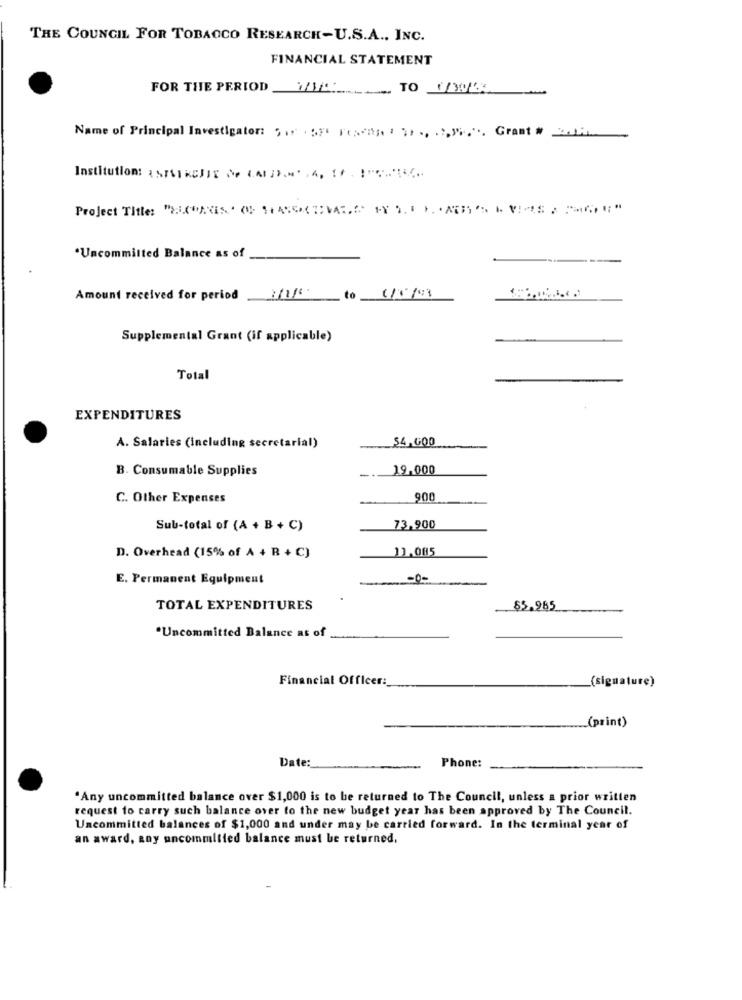
THE COUNCIL FOR TOBACCO RESEARCH-U.S.A ., INC.
FINANCIAL STATEMENT
FOR THE PERIOD W/1/ TO (WE
Name of Principal Investigator: , .. . $y Fe ;;, . ,., . , ",". Grant # _____
Institution: {5751 KCJIE Se (A).M ., !.. " <<<
Project Title: "2"NISCHARRIVARE INTIHAR AVISO
*Uncommitted Balance as of
Amount received for period
Supplemental Grant (if applicable)
Total
EXPENDITURES
$4,GOD
A. Salaries (including secretarial)
B. Consumable Supplies
19,000
C. Other Expenses
900
Sub-total of (A + B + C)
73,900
11.085
D. Overhead (15% of A + B + C)
E. Permanent Equipment
TOTAL EXPENDITURES
$5.965
*Uncommitted Balance as of
Financial Officer:
(signature)
(print)
Date:
Phone:
.Any uncommitted balance over $1,000 is to be returned to The Council, unless a prior written
request to carry such balance over to the new budget year has been approved by The Council.
Uncommitted balances of $1,000 and under may be carried forward. In the terminal year of
an award, any uncommitted balance must be returned.